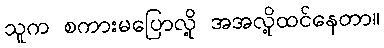
သူက စကားမပြောလို့ အအလို့ထင်နေတာ။